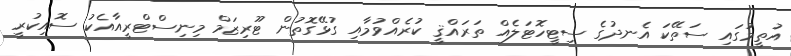
އުތީމުގައި ސަތޭކަ އެނދުގެ ސިޓީހޮޓަލެެއް ތަރައްޤީ ކުރެއްވުމާއި ގުޅޭގޮތުން ޓޫރިޒަމް މިނިސްޓްރީއާއެކު ސޮއިކުރީ